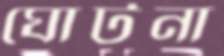
ঘোটনা